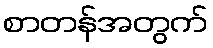
စာတန်အတွက်